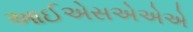
આઈએસએએએ